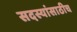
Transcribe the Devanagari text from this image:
सदस्यांसाठीच